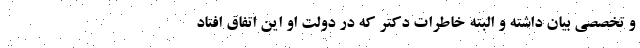
و تخصصی بیان داشته و البته خاطرات دکتر که در دولت او این اتفاق افتاد